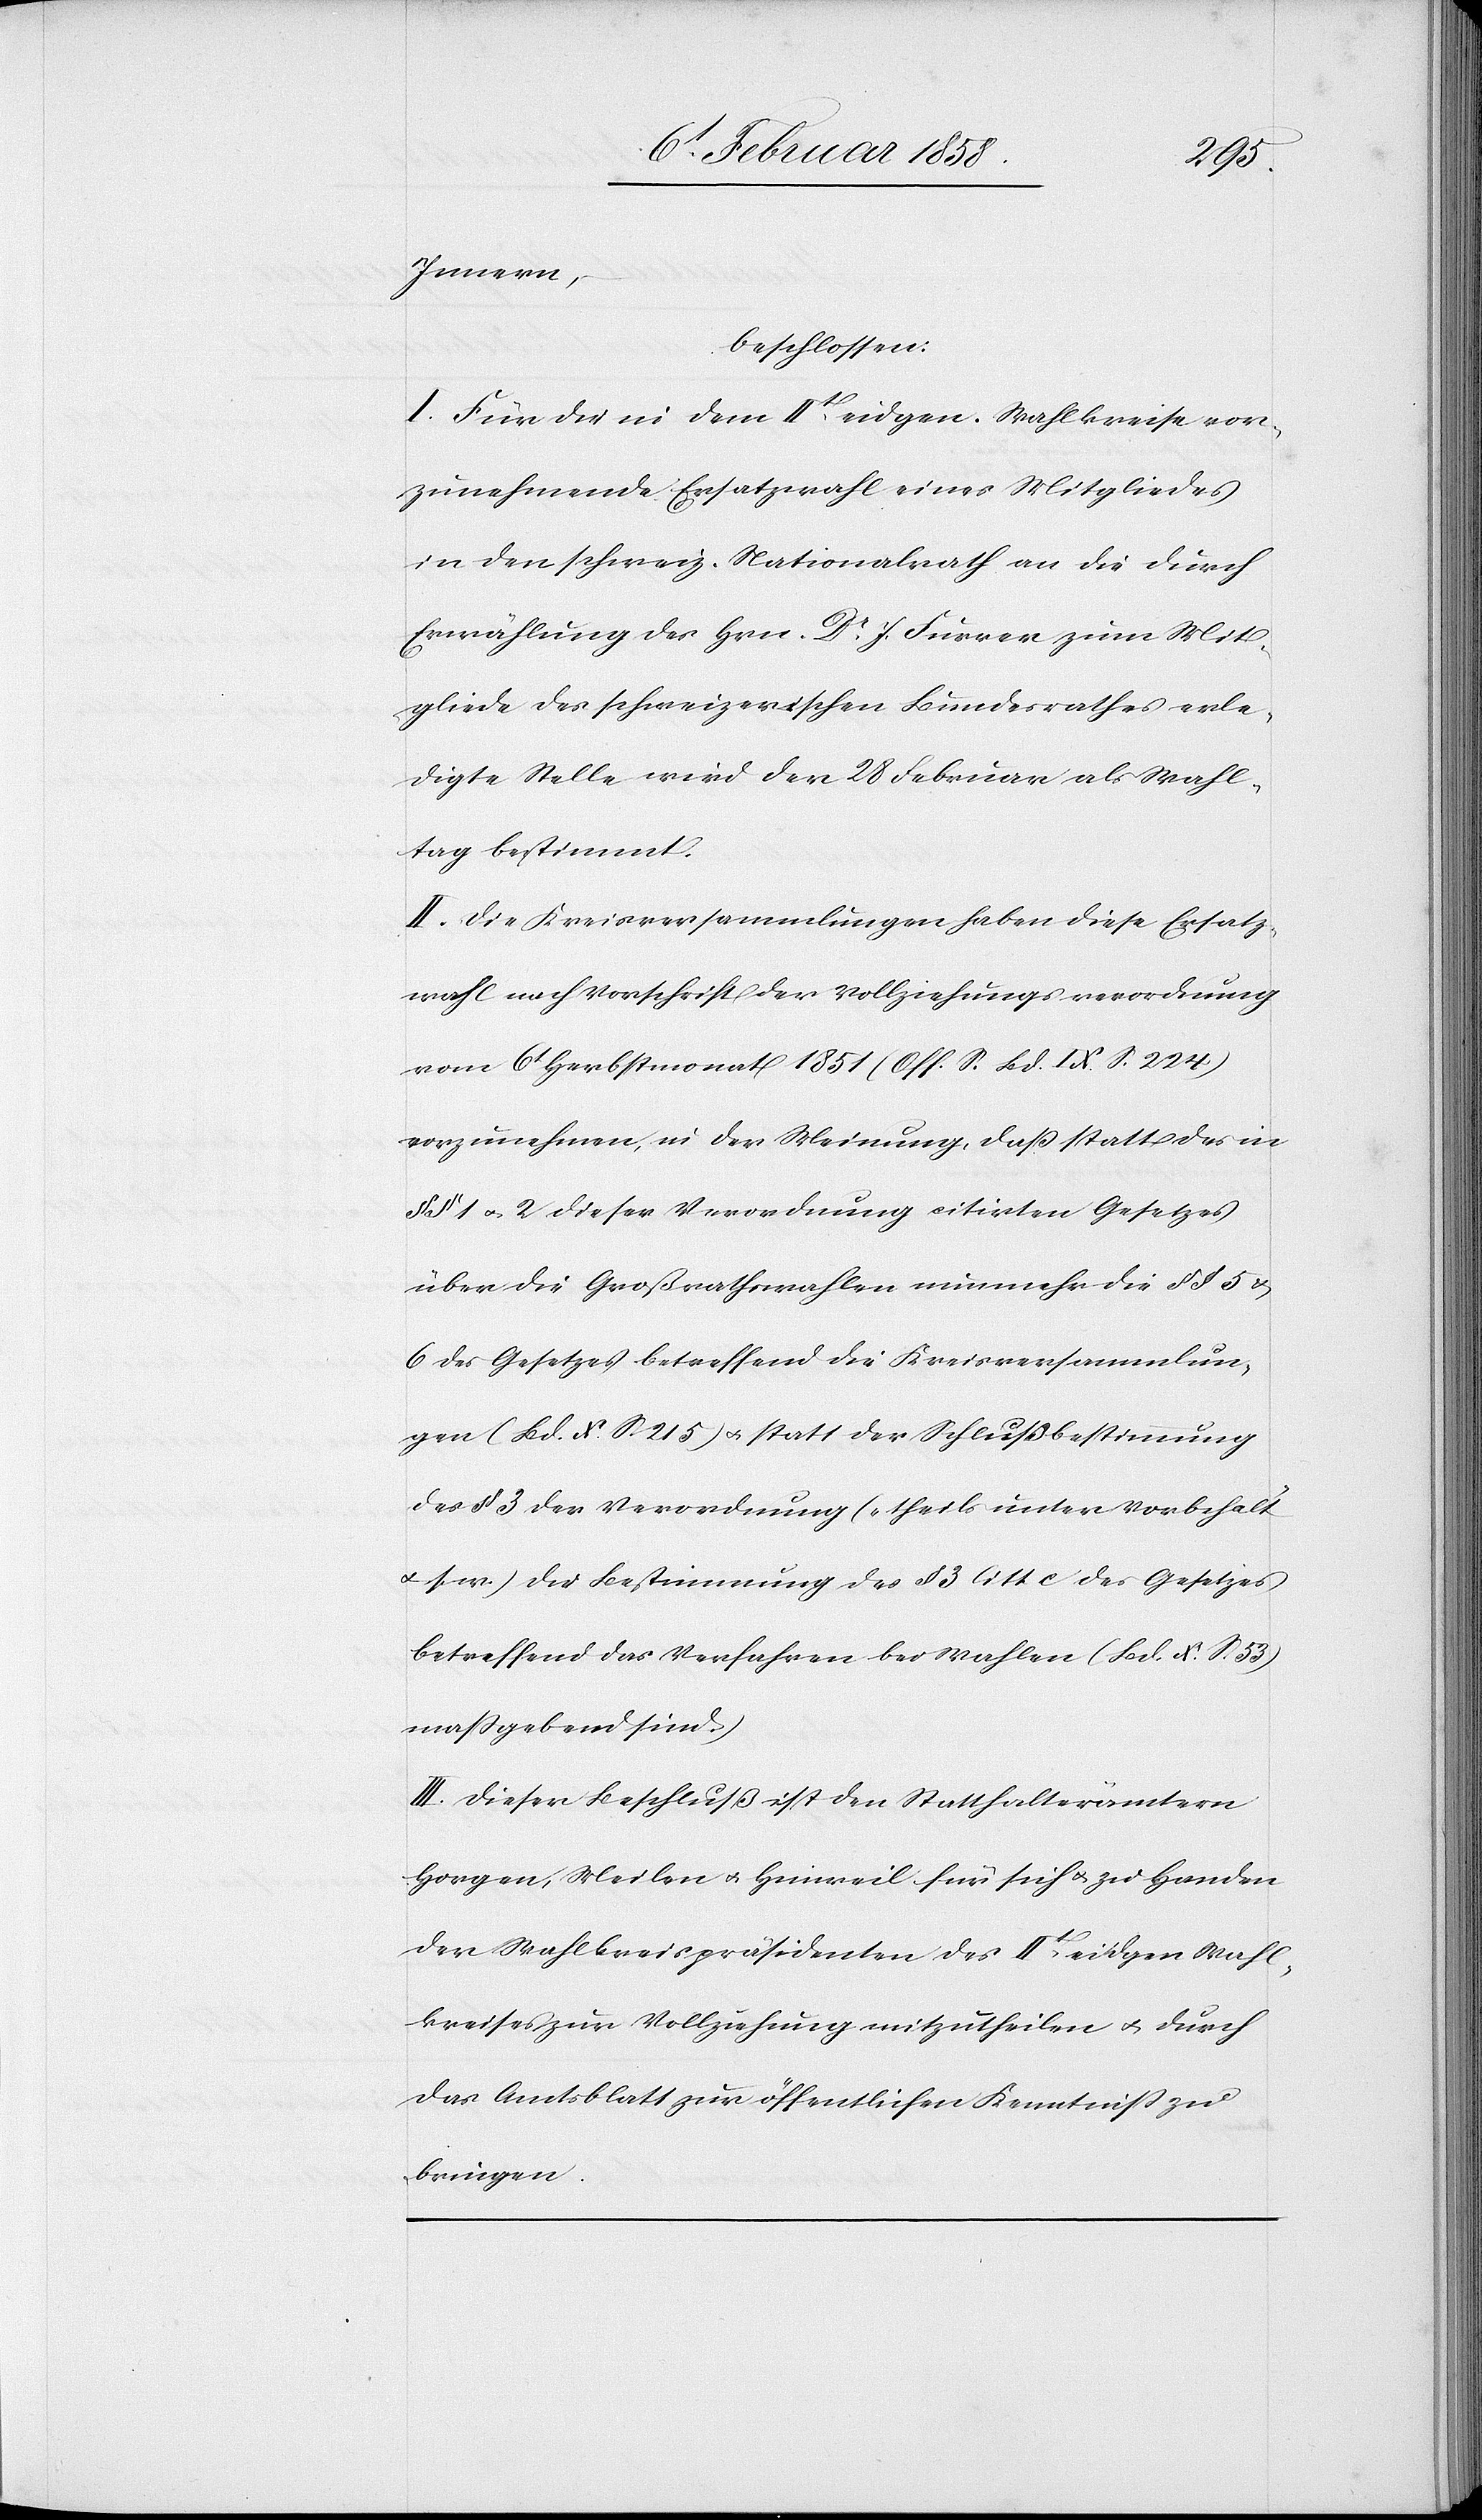
Innern,
beschlossen:
I. Für die in dem IIt eidgen. Wahlkreise vor¬
zunehmende Ersatzwahl eines Mitgliedes
in den schweiz. Nationalrath an die durch
Erwählung des Hrn. Dr J. Furrer zum Mit¬
gliede des schweizerischen Bundesrathes erle¬
digte Stelle wird der 28 Februar als Wahl¬
tag bestimmt.
II. Die Kreisversammlungen haben diese Ersatz¬
wahl nach Vorschrift der Vollziehungsverordnung
vom 6t Herbstmonat 1851 (Off. S. Bd. IX. S. 224)
vorzunehmen, in der Meinung, daß statt des in
§ 1 u. 2 dieser Verordnung citirten Gesetzes
über die Großrathswahlen nunmehr die § § 5 u.
6 des Gesetzes betreffend die Kreisversammlun¬
gen (Bd. X. S. 215) u. statt der Schlußbestimmung
des § 3 der Verordnung („theils unter Vorbehalt
s. w.[“]) die Bestimmung des § 3 litt. c des Gesetzes
betreffend das Verfahren bei Wahlen (Bd. X. S. 53)
maßgebend sind.
III. Dieser Beschluß ist den Statthalterämtern
Horgen, Meilen u. Hinweil für sich u. zu Handen
der Wahlkreispräsidenten des IIt eidgen. Wahl¬
kreises zur Vollziehung mitzutheilen u. durch
das Amtsblatt zur öffentlichen Kenntniß zu
bringen.